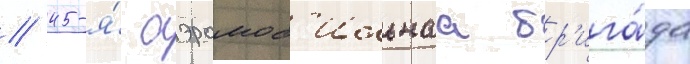
// 45-я́ аэромоб'ильнаа бр'ига́да